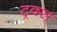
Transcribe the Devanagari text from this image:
ट्रक्स्